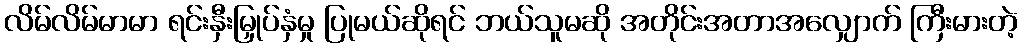
လိမ်လိမ်မာမာ ရင်းနှီးမြှုပ်နှံမှု ပြုမယ်ဆိုရင် ဘယ်သူမဆို အတိုင်းအတာအလျှောက် ကြီးမားတဲ့